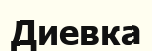
Диевка